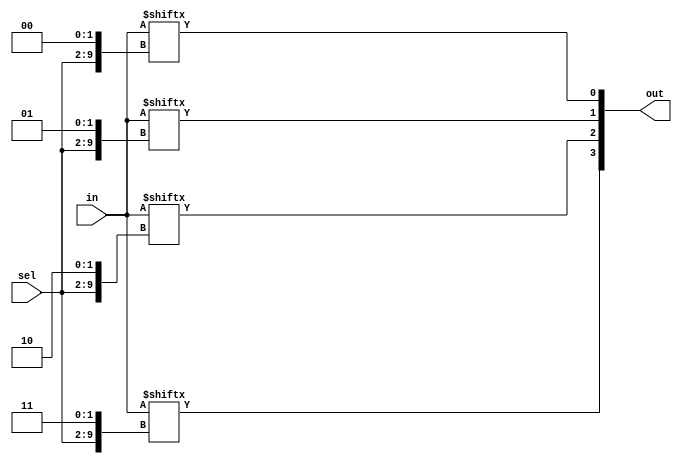
//
//
// https://hdlbits.01xz.net/wiki/Mux256to1v
//
//

`default_nettype none

module top_module( 
    input   [1023:0]    in,
    input   [7:0]       sel,
    output  [3:0]       out
);

    assign out = {in[{sel, 2'b11}], in[{sel, 2'b10}], in[{sel, 2'b01}], in[{sel, 2'b00}]};

endmodule